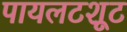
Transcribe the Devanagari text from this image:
पायलटशूट